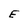
Character: E